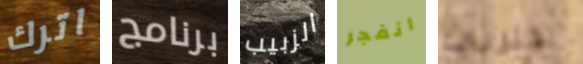
اترك برنامج الزبيب انفجر اقتربي